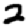
Digit: 2